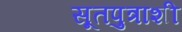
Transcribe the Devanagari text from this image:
सूतपुत्राशी